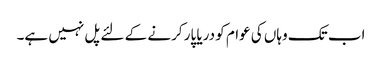
اب تک وہاں کی عوام کو دریا پار کرنے کے لئے پل نہیں ہے۔